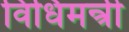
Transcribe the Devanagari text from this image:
विधिमन्त्री